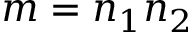
m = n _ { 1 } n _ { 2 }